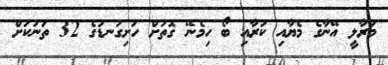
މަރާލީ އޭނާގެ މެޔާއި ކަރާއި ބޯ ހިމެނޭ ގޮތަށް ހަށިގަނޑުގެ 32 ތަނަކަށް